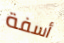
أسفة